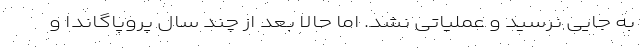
به جایی نرسید و عملیاتی نشد. اما حالا بعد از چند سال پروپاگاندا و